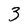
Character: 3